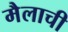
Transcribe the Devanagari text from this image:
मैलाची